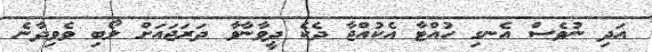
އަދި ނުވެސް އެނގި ހުއްޓާ އެކުއްޖާ ދެކެ ދީވާނާވާ ދަރަޖައަށް ލޯބި ވެވިދާނެ